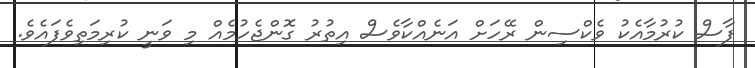
ފާސް ކުރުމާއެކު ވެކްސިން ރޭހަށް އަނެއްކާވެސް އިތުރު ގޮންޖެހުމެއް މި ވަނީ ކުރިމަތިވެފައެވެ.